Juri_Uluots, lk 19
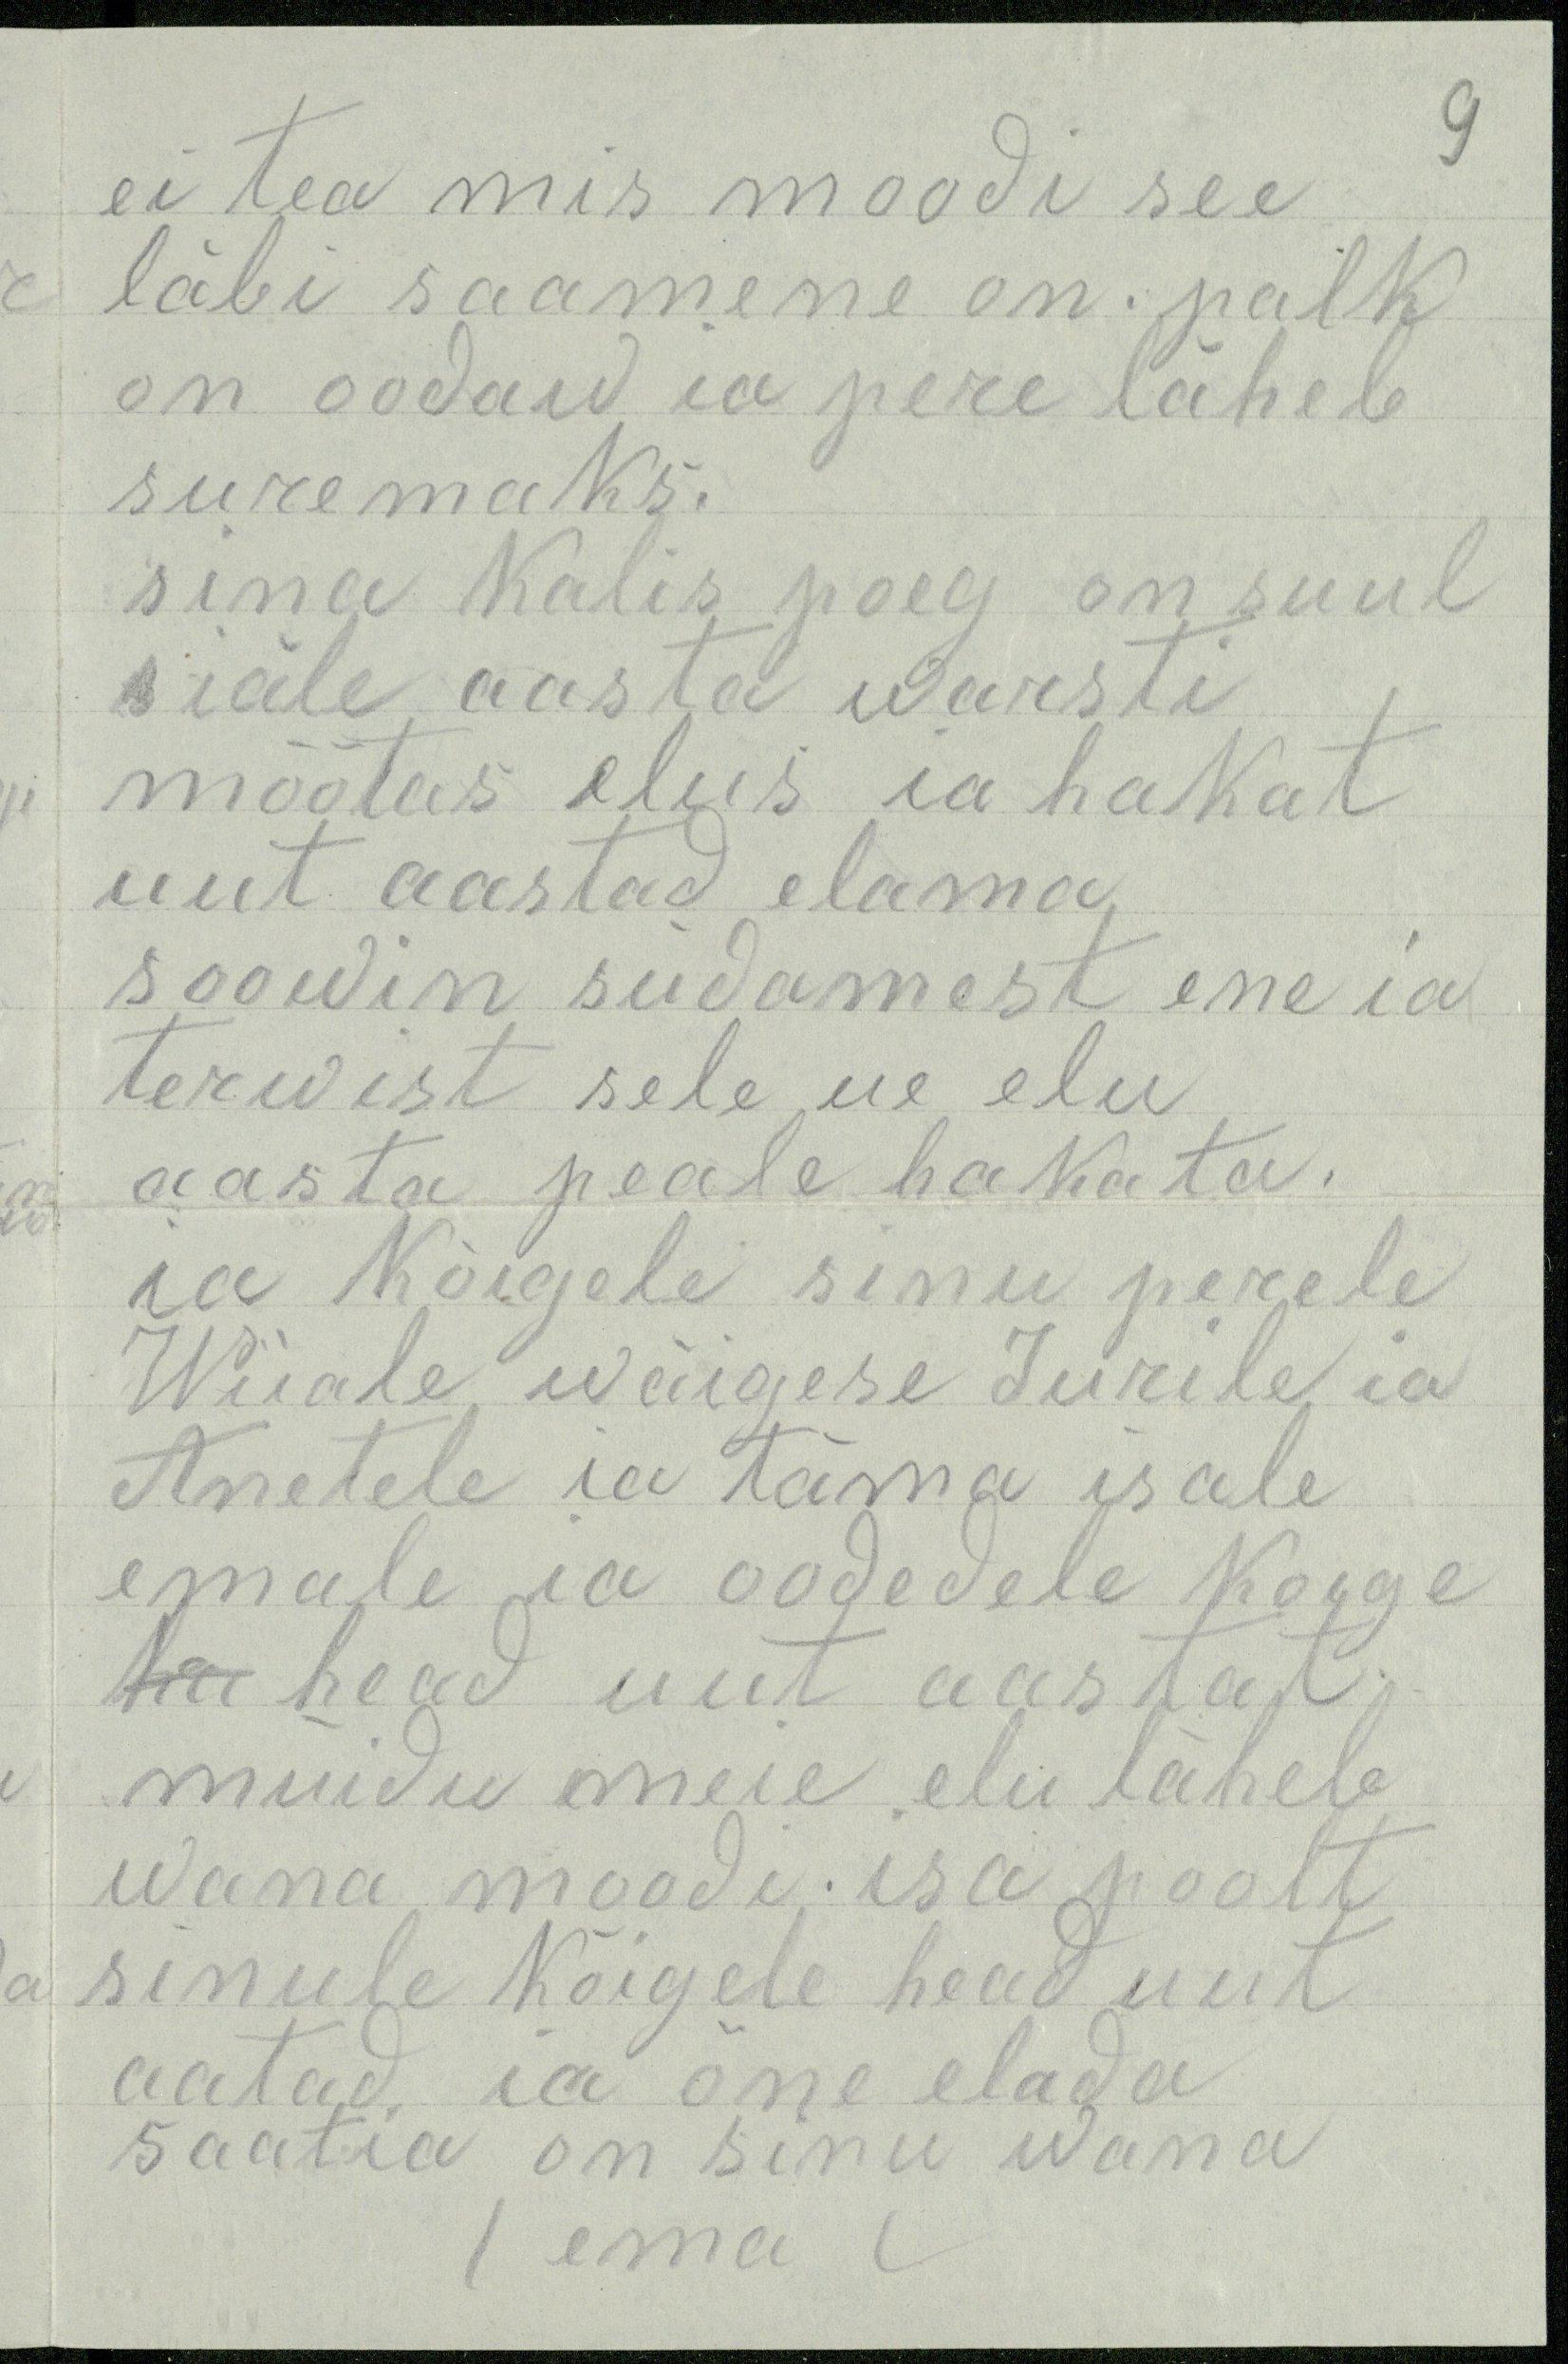
9

ei tea mis moodi see
läbi saamene on . palk
on oodaw ia pere läheb
suremaks.
sina kalis poeg on suul
s iäle aasta warsti
mõõtas elus ia hakat
uut aastad elama
soowin südamest ene ia
terwist sele ue elu
aasta peale hakata.
ia kõigele sinu perele
Wiiale wäigese Jurile ia
Anetele ia täma isale
emale ia oodedele koige
hru head uut aastat.
muidu meie elu läheb
wana moodi. isa poolt
sinule kõigele head uut
aatad, ia õne elada
saatia on sinu wana
ema